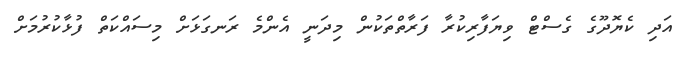
އަދި ކެޔޮދޫގެ ގެސްޓް ވިޔަފާރިކުރާ ފަރާތްތަކުން މިދަނީ އެންމެ ރަނގަޅަށް މިސައްކަތް ފުޅާކުރުމަށް